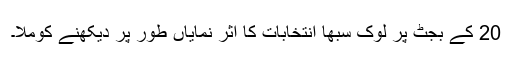
20 کے بجٹ پر لوک سبھا انتخابات کا اثر نمایاں طور پر دیکھنے کوملا۔